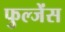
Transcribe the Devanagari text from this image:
फुल्जेंस